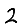
Digit: 2